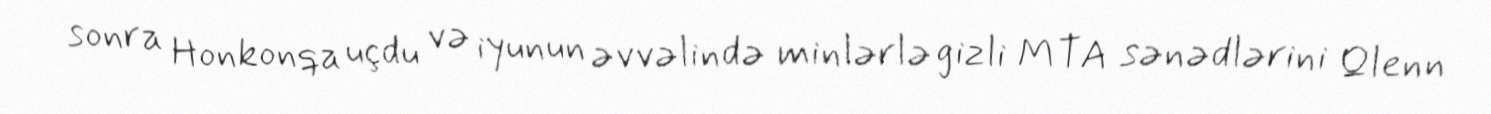
sonra Honkonqa uçdu və iyunun əvvəlində minlərlə gizli MTA sənədlərini Qlenn